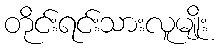
တိုင်းရင်းသားလူမျိုး